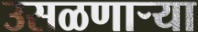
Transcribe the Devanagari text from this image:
उसळणार्‍या